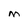
Character: M